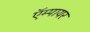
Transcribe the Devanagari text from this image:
ऍम्पायर